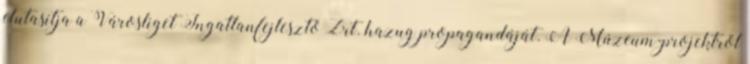
elutasítja a Városliget Ingatlanfejlesztő Zrt. hazug propagandáját. A Múzeum-projektről